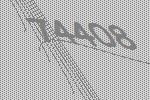
74408